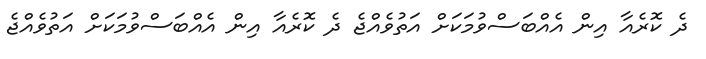
ދެ ކޮރެއާ އިން އެއްބަސްވުމަކަށް އަތުވެއްޖެ ދެ ކޮރެއާ އިން އެއްބަސްވުމަކަށް އަތުވެއްޖެ